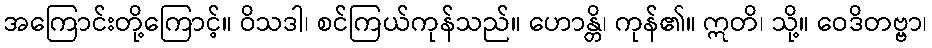
အကြောင်းတို့ကြောင့်။ ဝိသဒါ၊ စင်ကြယ်ကုန်သည်။ ဟောန္တိ၊ ကုန်၏။ ဣတိ၊ သို့။ ဝေဒိတဗ္ဗာ၊